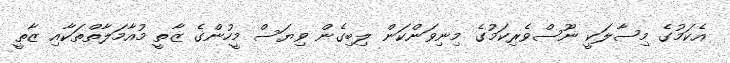
އެކަމުގެ މިސާލަކީ ނޫސްވެރިކަމުގެ މިނިވަންކަން ލިބިގެން ވިޔަސް މީހުންގެ ޒާތީ މުއާމަލާތްތަކާއި ޒާތީ